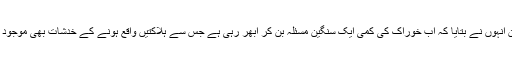
لیکن انہوں نے بتایا کہ اب خوراک کی کمی ایک سنگین مسئلہ بن کر ابھر رہی ہے جس سے ہلاکتیں واقع ہونے کے خدشات بھی موجود ہیں۔